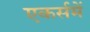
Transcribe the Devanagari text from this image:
एकर्समें